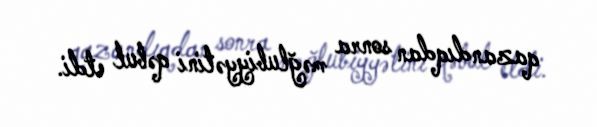
qazandıqdan sonra məğlubiyyətini qəbul etdi.